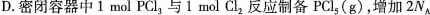
D.密闭容器中1mol PCl_{3}与1mol Cl_{2}反应制备PCl_{5}(g)，增加2N_{A}